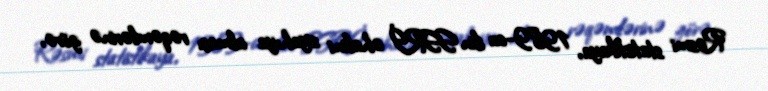
Rəsmi statistikaya, 1989-cu ilin SSRİ əhalini siyahıya alması rəqəmlərinə görə,